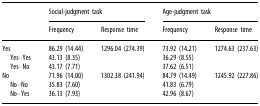
|  | <COLSPAN=2> Social-judgment task | <COLSPAN=2> Age-judgment task |
 |  | Frequency | Response time | Frequency | Response time |
 | --- | --- | --- | --- | --- |
 | Yes | 86.29 (14.44) | 1296.04 (274.39) | 73.92 (14.21) | 1274.63 (237.63) |
 | Yes–Yes | 43.13 (8.35) |  | 36.29 (8.55) |  |
 | Yes–No | 43.17 (7.71) |  | 37.62 (6.51) |  |
 | No | 71.96 (14.00) | 1302.38 (241.94) | 84.79 (14.49) | 1245.92 (227.86) |
 | No–No | 35.83 (7.60) |  | 41.83 (6.79) |  |
 | No–Yes | 36.13 (7.93) |  | 42.96 (8.67) |  |